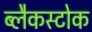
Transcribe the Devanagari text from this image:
ब्लैकस्टोक